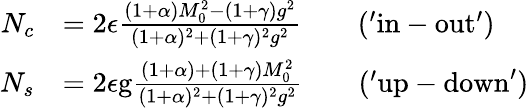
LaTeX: \begin{array}{rl}{N_{c}}&{=2\epsilon\frac{(1+\alpha)M_{0}^{2}-(1+\gamma)g^{2}}{(1+\alpha)^{2}+(1+\gamma)^{2}g^{2}}\qquad\mathrm{('in-out')}}\\ {N_{s}}&{=2\epsilon\mathrm{g}\frac{(1+\alpha)+(1+\gamma)M_{0}^{2}}{(1+\alpha)^{2}+(1+\gamma)^{2}g^{2}}\qquad\mathrm{('up-down')}}\end{array}